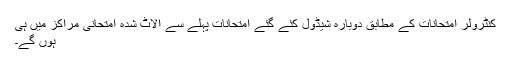
کنٹرولر امتحانات کے مطابق دوبارہ شیڈول کئے گئے امتحانات پہلے سے الاٹ شدہ امتحانی مراکز میں ہی
ہوں گے۔